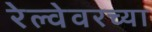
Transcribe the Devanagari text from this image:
रेल्वेवरच्या